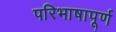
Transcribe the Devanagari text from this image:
परिभाषापूर्ण